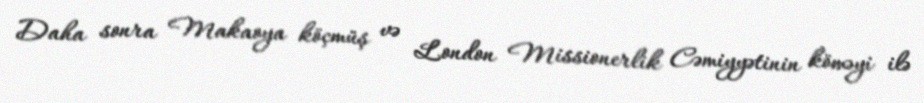
Daha sonra Makaoya köçmüş və London Missionerlik Cəmiyyətinin köməyi ilə